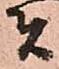
者